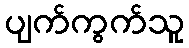
ပျက်ကွက်သူ